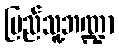
ပြည်သူ့ဘဏ္ဍာ